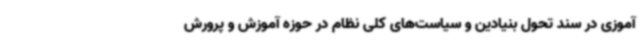
آموزی در سند تحول بنیادین و سیاست‌های کلی نظام در حوزه آموزش و پرورش